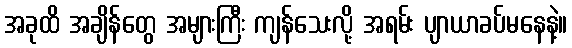
အခုထိ အချိန်တွေ အများကြီး ကျန်သေးလို့ အရမ်း ပျာယာခပ်မနေနဲ့။